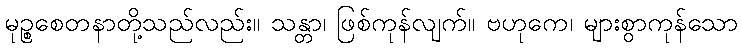
မုဉ္စစေတနာတို့သည်လည်း။ သန္တာ၊ ဖြစ်ကုန်လျက်။ ဗဟုကေ၊ များစွာကုန်သော